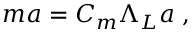
m a = C _ { m } \Lambda _ { L } a \; ,